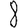
Digit: 8